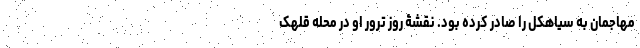
مهاجمان به سیاهکل را صادر کرده بود. نقشۀ روز ترور او در محله قلهک